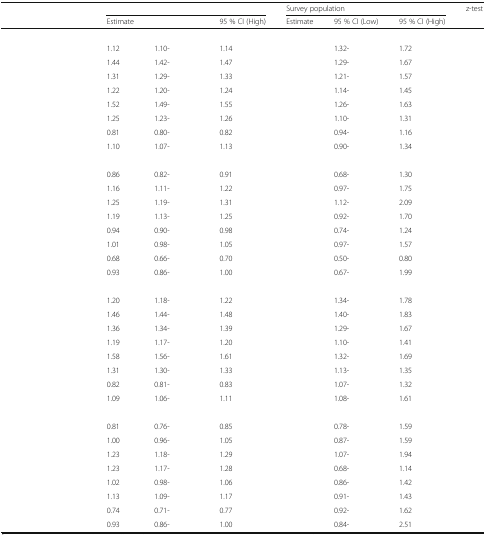
<table><thead><tr><td rowspan="2">[EMPTY_CELL]</td><td colspan="3">[EMPTY_CELL]</td><td colspan="3"><b>Survey population</b></td><td><b>z-test</b></td></tr><tr><td><b>Estimate</b></td><td>[EMPTY_CELL]</td><td><b>95 % CI (High)</b></td><td><b>Estimate</b></td><td><b>95 % CI (Low)</b></td><td><b>95 % CI (High)</b></td><td>[EMPTY_CELL]</td></tr></thead><tbody><tr><td colspan="8">[EMPTY_CELL]</td></tr><tr><td>[EMPTY_CELL]</td><td>1.12</td><td>1.10-</td><td>1.14</td><td>[EMPTY_CELL]</td><td>1.32-</td><td>1.72</td><td>[EMPTY_CELL]</td></tr><tr><td>[EMPTY_CELL]</td><td>1.44</td><td>1.42-</td><td>1.47</td><td>[EMPTY_CELL]</td><td>1.29-</td><td>1.67</td><td>[EMPTY_CELL]</td></tr><tr><td>[EMPTY_CELL]</td><td>1.31</td><td>1.29-</td><td>1.33</td><td>[EMPTY_CELL]</td><td>1.21-</td><td>1.57</td><td>[EMPTY_CELL]</td></tr><tr><td>[EMPTY_CELL]</td><td>1.22</td><td>1.20-</td><td>1.24</td><td>[EMPTY_CELL]</td><td>1.14-</td><td>1.45</td><td>[EMPTY_CELL]</td></tr><tr><td>[EMPTY_CELL]</td><td>1.52</td><td>1.49-</td><td>1.55</td><td>[EMPTY_CELL]</td><td>1.26-</td><td>1.63</td><td>[EMPTY_CELL]</td></tr><tr><td>[EMPTY_CELL]</td><td>1.25</td><td>1.23-</td><td>1.26</td><td>[EMPTY_CELL]</td><td>1.10-</td><td>1.31</td><td>[EMPTY_CELL]</td></tr><tr><td>[EMPTY_CELL]</td><td>0.81</td><td>0.80-</td><td>0.82</td><td>[EMPTY_CELL]</td><td>0.94-</td><td>1.16</td><td>[EMPTY_CELL]</td></tr><tr><td>[EMPTY_CELL]</td><td>1.10</td><td>1.07-</td><td>1.13</td><td>[EMPTY_CELL]</td><td>0.90-</td><td>1.34</td><td>[EMPTY_CELL]</td></tr><tr><td colspan="8">[EMPTY_CELL]</td></tr><tr><td>[EMPTY_CELL]</td><td>0.86</td><td>0.82-</td><td>0.91</td><td>[EMPTY_CELL]</td><td>0.68-</td><td>1.30</td><td>[EMPTY_CELL]</td></tr><tr><td>[EMPTY_CELL]</td><td>1.16</td><td>1.11-</td><td>1.22</td><td>[EMPTY_CELL]</td><td>0.97-</td><td>1.75</td><td>[EMPTY_CELL]</td></tr><tr><td>[EMPTY_CELL]</td><td>1.25</td><td>1.19-</td><td>1.31</td><td>[EMPTY_CELL]</td><td>1.12-</td><td>2.09</td><td>[EMPTY_CELL]</td></tr><tr><td>[EMPTY_CELL]</td><td>1.19</td><td>1.13-</td><td>1.25</td><td>[EMPTY_CELL]</td><td>0.92-</td><td>1.70</td><td>[EMPTY_CELL]</td></tr><tr><td>[EMPTY_CELL]</td><td>0.94</td><td>0.90-</td><td>0.98</td><td>[EMPTY_CELL]</td><td>0.74-</td><td>1.24</td><td>[EMPTY_CELL]</td></tr><tr><td>[EMPTY_CELL]</td><td>1.01</td><td>0.98-</td><td>1.05</td><td>[EMPTY_CELL]</td><td>0.97-</td><td>1.57</td><td>[EMPTY_CELL]</td></tr><tr><td>[EMPTY_CELL]</td><td>0.68</td><td>0.66-</td><td>0.70</td><td>[EMPTY_CELL]</td><td>0.50-</td><td>0.80</td><td>[EMPTY_CELL]</td></tr><tr><td>[EMPTY_CELL]</td><td>0.93</td><td>0.86-</td><td>1.00</td><td>[EMPTY_CELL]</td><td>0.67-</td><td>1.99</td><td>[EMPTY_CELL]</td></tr><tr><td colspan="8">[EMPTY_CELL]</td></tr><tr><td>[EMPTY_CELL]</td><td>1.20</td><td>1.18-</td><td>1.22</td><td>[EMPTY_CELL]</td><td>1.34-</td><td>1.78</td><td>[EMPTY_CELL]</td></tr><tr><td>[EMPTY_CELL]</td><td>1.46</td><td>1.44-</td><td>1.48</td><td>[EMPTY_CELL]</td><td>1.40-</td><td>1.83</td><td>[EMPTY_CELL]</td></tr><tr><td>[EMPTY_CELL]</td><td>1.36</td><td>1.34-</td><td>1.39</td><td>[EMPTY_CELL]</td><td>1.29-</td><td>1.67</td><td>[EMPTY_CELL]</td></tr><tr><td>[EMPTY_CELL]</td><td>1.19</td><td>1.17-</td><td>1.20</td><td>[EMPTY_CELL]</td><td>1.10-</td><td>1.41</td><td>[EMPTY_CELL]</td></tr><tr><td>[EMPTY_CELL]</td><td>1.58</td><td>1.56-</td><td>1.61</td><td>[EMPTY_CELL]</td><td>1.32-</td><td>1.69</td><td>[EMPTY_CELL]</td></tr><tr><td>[EMPTY_CELL]</td><td>1.31</td><td>1.30-</td><td>1.33</td><td>[EMPTY_CELL]</td><td>1.13-</td><td>1.35</td><td>[EMPTY_CELL]</td></tr><tr><td>[EMPTY_CELL]</td><td>0.82</td><td>0.81-</td><td>0.83</td><td>[EMPTY_CELL]</td><td>1.07-</td><td>1.32</td><td>[EMPTY_CELL]</td></tr><tr><td>[EMPTY_CELL]</td><td>1.09</td><td>1.06-</td><td>1.11</td><td>[EMPTY_CELL]</td><td>1.08-</td><td>1.61</td><td>[EMPTY_CELL]</td></tr><tr><td colspan="8">[EMPTY_CELL]</td></tr><tr><td>[EMPTY_CELL]</td><td>0.81</td><td>0.76-</td><td>0.85</td><td>[EMPTY_CELL]</td><td>0.78-</td><td>1.59</td><td>[EMPTY_CELL]</td></tr><tr><td>[EMPTY_CELL]</td><td>1.00</td><td>0.96-</td><td>1.05</td><td>[EMPTY_CELL]</td><td>0.87-</td><td>1.59</td><td>[EMPTY_CELL]</td></tr><tr><td>[EMPTY_CELL]</td><td>1.23</td><td>1.18-</td><td>1.29</td><td>[EMPTY_CELL]</td><td>1.07-</td><td>1.94</td><td>[EMPTY_CELL]</td></tr><tr><td>[EMPTY_CELL]</td><td>1.23</td><td>1.17-</td><td>1.28</td><td>[EMPTY_CELL]</td><td>0.68-</td><td>1.14</td><td>[EMPTY_CELL]</td></tr><tr><td>[EMPTY_CELL]</td><td>1.02</td><td>0.98-</td><td>1.06</td><td>[EMPTY_CELL]</td><td>0.86-</td><td>1.42</td><td>[EMPTY_CELL]</td></tr><tr><td>[EMPTY_CELL]</td><td>1.13</td><td>1.09-</td><td>1.17</td><td>[EMPTY_CELL]</td><td>0.91-</td><td>1.43</td><td>[EMPTY_CELL]</td></tr><tr><td>[EMPTY_CELL]</td><td>0.74</td><td>0.71-</td><td>0.77</td><td>[EMPTY_CELL]</td><td>0.92-</td><td>1.62</td><td>[EMPTY_CELL]</td></tr><tr><td>[EMPTY_CELL]</td><td>0.93</td><td>0.86-</td><td>1.00</td><td>[EMPTY_CELL]</td><td>0.84-</td><td>2.51</td><td>[EMPTY_CELL]</td></tr></tbody></table>